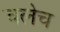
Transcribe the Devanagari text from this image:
चलेच